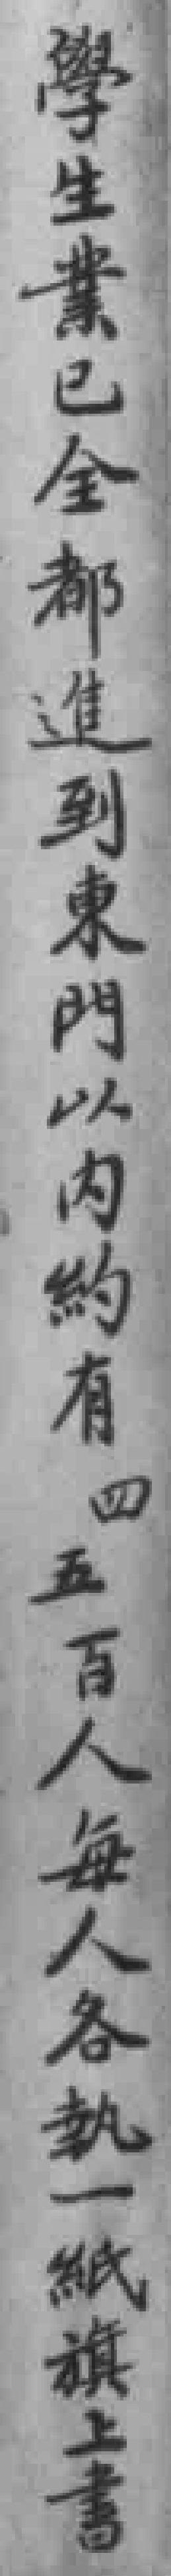
學生業已全都進到東門以内約有四五百人每人各執一紙旗上書